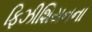
ફિઝીશિયનના